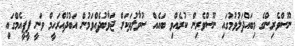
ނޫސްވެރިންގެ މިބައްދަލުވުމުގައި ނޫސްވެރިން ކުރެއްވި ބައެއް ސުވާލުތަކަށް ޖަވާބުދެއްވަމުން އަބުދުއްރަހީމް ވަނީ ޕީޕީއެމްގައި